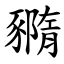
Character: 䝐